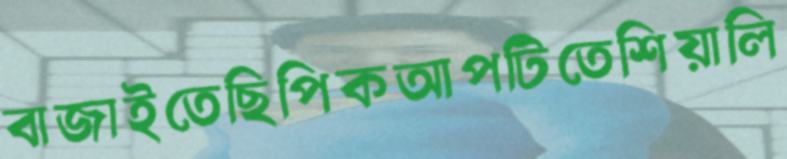
বাজাইতেছিপিকআপটিতেশিয়ালি